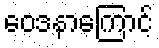
ဝေဒနာကြောင့်